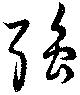
強